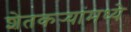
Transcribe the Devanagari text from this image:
शेतकर्‍यांमध्ये